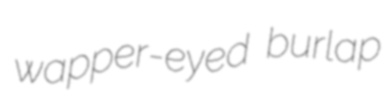
wapper-eyed burlap